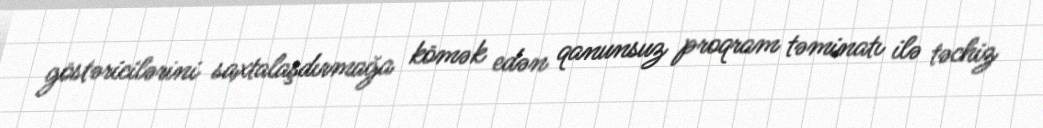
göstəricilərini saxtalaşdırmağa kömək edən qanunsuz proqram təminatı ilə təchiz